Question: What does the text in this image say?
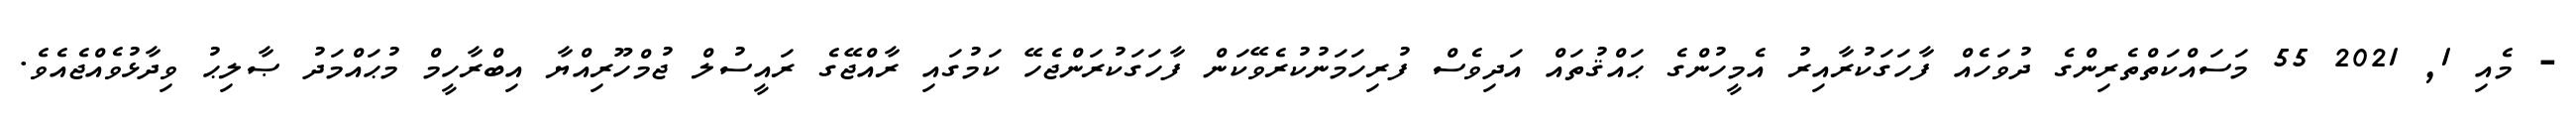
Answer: - މެއި 1, 2021 55 މަސައްކަތްތެރިންގެ ދުވަހެއް ފާހަގަކުރާއިރު އެމީހުންގެ ޙައްޤުތައް އަދިވެސް ފުރިހަމަނުކުރެވޭކަން ފާހަގަކުރަންޖެހޭ ކަމުގައި ރާއްޖޭގެ ރައީސުލް ޖުމްހޫރިއްޔާ އިބްރާހީމް މުޙައްމަދު ޞާލިޙު ވިދާޅުވެއްޖެއެވެ.